Vaccination in the Punjab 1867-1880 - 1867-1880
Year: 1867
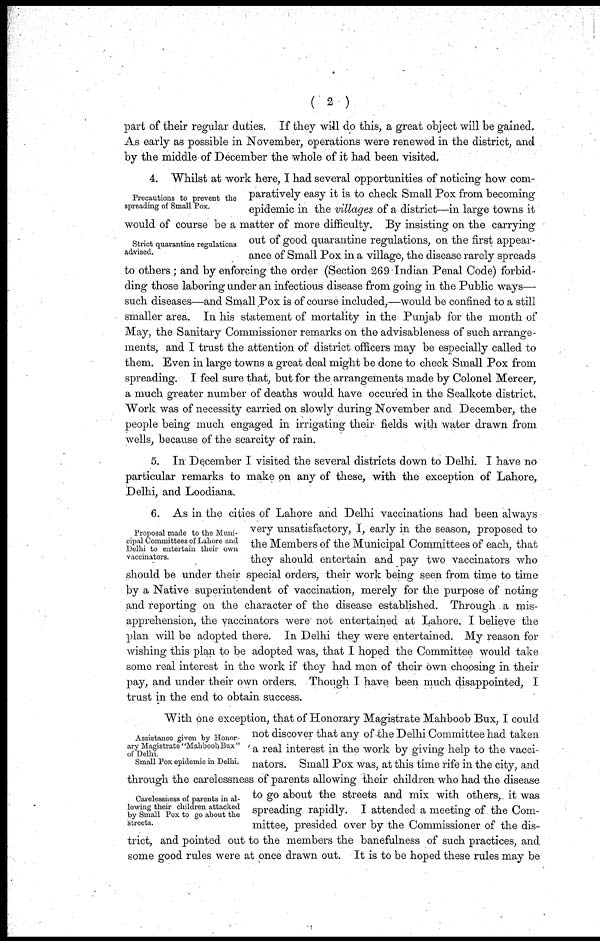
( 2 )
part of their regular duties. If they will do this, a great object will be gained.
As early as possible in November, operations were renewed in the district, and
by the middle of December the whole of it had been visited.
Precautions to prevent the
spreading of Small Pox.
Strict quarantine regulations
advised.
4. Whilst at work here, I had several opportunities of noticing how com-
paratively easy it is to check Small Pox from becoming
epidemic in the villages of a district—in large towns it
would of course be a matter of more difficulty. By insisting on the carrying
out of good quarantine regulations, on the first appear-
ance of Small Pox in a village, the disease rarely spreads
to others; and by enforcing the order (Section 269 Indian Penal Code) forbid-
ding those laboring under an infectious disease from going in the Public ways—
such diseases—and Small Pox is of course included,—would be confined to a still
smaller area. In his statement of mortality in the Punjab for the month of
May, the Sanitary Commissioner remarks on the advisableness of such arrange-
ments, and I trust the attention of district officers may be especially called to
them. Even in large towns a great deal might be done to check Small Pox from
spreading. I feel sure that, but for the arrangements made by Colonel Mercer,
a much greater number of deaths would have occured in the Sealkote district.
Work was of necessity carried on slowly during November and December, the
people being much engaged in irrigating their fields with water drawn from
wells, because of the scarcity of rain.
5. In December I visited the several districts down to Delhi. I have no
particular remarks to make on any of these, with the exception of Lahore,
Delhi, and Loodiana.
Proposal made to the Muni-
cipal Committees of Lahore and
Delhi to entertain their own
vaccinators.
6. As in the cities of Lahore and Delhi vaccinations had been always
very unsatisfactory, I, early in the season, proposed to
the Members of the Municipal Committees of each, that
they should entertain and pay two vaccinators who
should be under their special orders, their work being seen from time to time
by a Native superintendent of vaccination, merely for the purpose of noting
and reporting on the character of the disease established. Through a mis-
apprehension, the vaccinators were not entertained at Lahore. I believe the
plan will be adopted there. In Delhi they were entertained. My reason for
wishing this plan to be adopted was, that I hoped the Committee would take
some real interest in the work if they had men of their own choosing in their
pay, and under their own orders. Though I have been much disappointed, I
trust in the end to obtain success.
Assistance given by Honor-
ary Magistrate "Mahboob Bux"
of Delhi.
Small Pox epidemic in Delhi.
Carelessness of parents in al-
lowing their children attacked
by Small Pox to go about the
streets.
With one exception, that of Honorary Magistrate Mahboob Bux, I could
not discover that any of the Delhi Committee had taken
a real interest in the work by giving help to the vacci-
nators. Small Pox was, at this time rife in the city, and
through the carelessness of parents allowing their children who had the disease
to go about the streets and mix with others, it was
spreading rapidly. I attended a meeting of the Com-
mittee, presided over by the Commissioner of the dis-
trict, and pointed out to the members the banefulness of such practices, and
some good rules were at once drawn out. It is to be hoped these rules may be